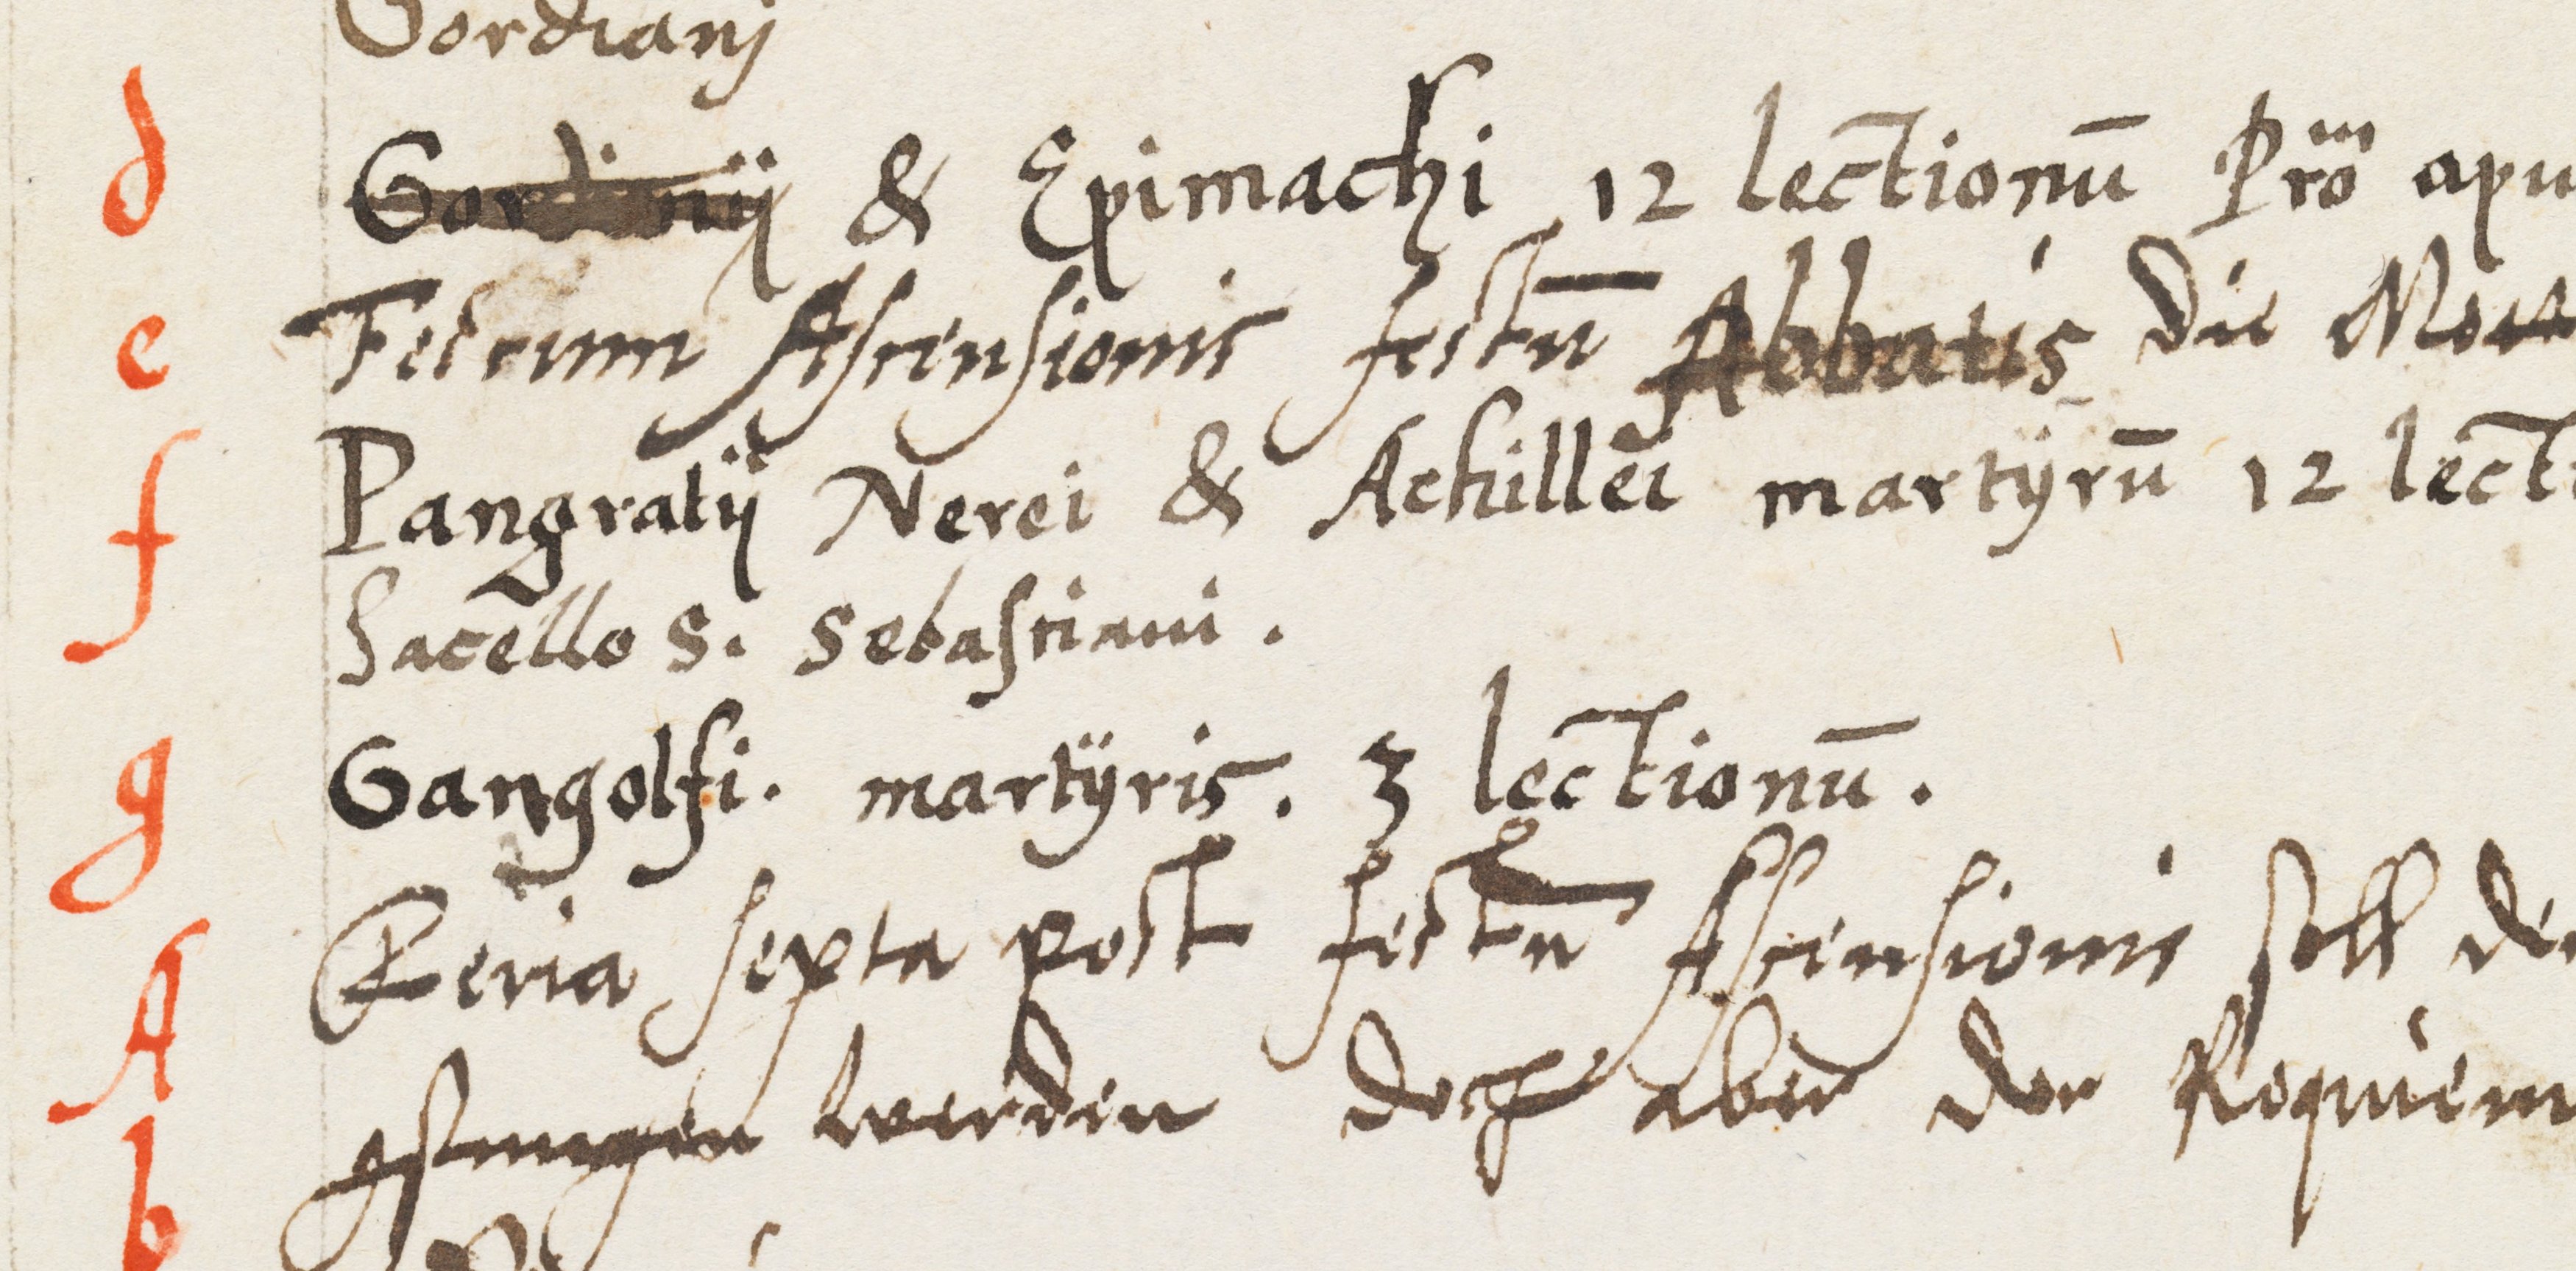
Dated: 1583–1583